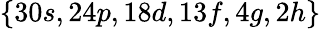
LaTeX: \{ 30s,24p,18d,13f,4g,2h\}